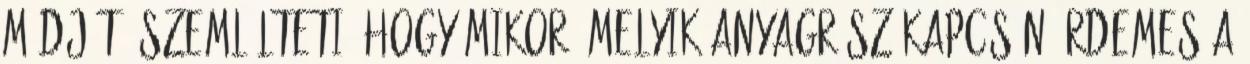
módját. Szemlélteti, hogy mikor, melyik anyagrész kapcsán érdemes a